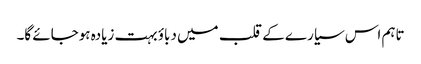
تاہم اس سیارے کے قلب میں دباؤ بہت زیادہ ہوجائے گا۔